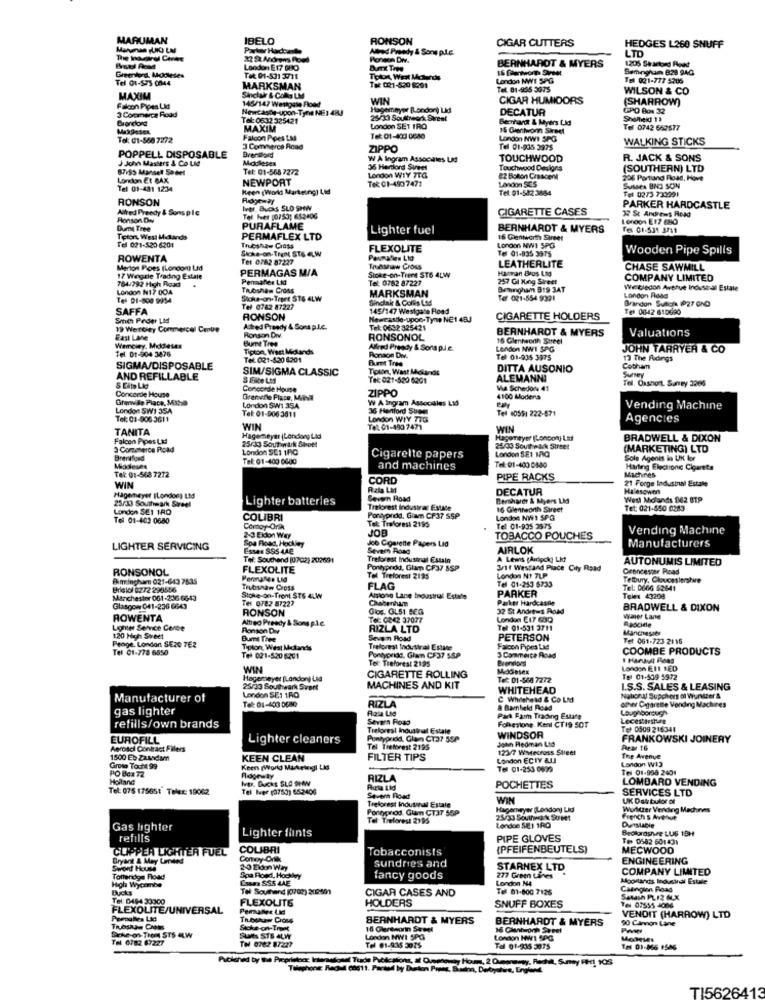
MARUMAN
IBELO
RONSON
CIGAR CUTTERS
Parker Hadoat
Alred Prendy & Sons p.i.e.
HEDGES L260 SNUFF
LTD
The Wound Caree
Ponson Drv.
BERNHARDT & MYERS
Greenford, Modeses
London E 17 GHO
Bemogham B28 94G
Tel 01-573 0044
TOR: 01-531 3711
Toton Wert Mounds
Tot: 021-520 8201
London NWT SPG
Tel 021-777 5306
MARKSMAN
Tel. 01-955 3075
WILSON & CO
MAXIM
Sinclair & CoAs LM
145/147 Westgate Food
WIN
CIGAR HUMIDORS
(SHARROW)
Falcon Pipes Lid
3 Commerce Road
Newtaste-upon-Tyne NE : 48.
Hagemeyer B.ondor) Lid
DECATUR
GPD Box 32
Bronclord
Tel: 0632 325421
25/3 Southwork Sireal
Bernhardt & Myers Lid
Snelheid 19
Makdiesen
MAXIM
London SET TRO
15 Giantwon Street
Tel 0742 669577
Tel: 01-568 7272
Falcon Ppes Las
Tel: 01-403 0680
London NWI SPG
WALKING STICKS
3 Commerce Road
Brentford
ZIPPO
Tel 01-935 3975
POPPELL DISPOSABLE
J John Masters & Co Lid
Modleses
W A Ingram Associles LI
TOUCHWOOD
R. JACK & SONS
67195 Manset Sedel
Tel: 01-568 7272
35 Herlord Svees
Touchwood Designs
(SOUTHERN) LTD
London Et BAX
NEWPORT
London WTY TTG
Tek: 01-490 7471
London SES
22 Bolton Crescen
206 Portand Road, Hove
Tel 01-481 12:34
Keen (World Marteung) Lid
Tet: 01-542 3654
Tel 0273 733991
Sussex BIJ SON
RONSON
Ridgeway
Aired Prreedy & Sons plc
Iver. BUCKS SLO SHW
CIGARETTE CASES
PARKER HARDCASTLE
32 St Andrews Road
Ronson Dw
Tel her [0/53: 652406
London E17 EBO
Gum Tree
PURAFLAME
Lighter fuel
BERNHARDT & MYERS
Tel 01-531 3711
Telon, West Midlands
PERMAFLEX LTD
16 Wentworth Street
Tel 021-520-6201
Trubshaw Cross
Stoke-on- Trent STS ELW
FLEXOLITE
London NWI SPG
Tel 01-835 3975
Wooden Pipe Spills
ROWENTA
Tel 0782 87227
Pasmalien Lid
LEATHERLITE
Menton Poes (London) Lad
PERMAGAS M/A
Stoke-on-Trent ST6 4LW
Indsaw Cross
Harman Bros Lig
CHASE SAWMILL
784/792 High Road
17 Wegzie Trading Estale
Permaflex LM
Tel: 0782 87227
257 Gl Ning Street
COMPANY LIMITED
London N17 004
Trubshaw Cross
MARKSMAN
Birmingham 319 3AT
We bledon Avenue Industrial Estate
Tel 01-500 9954
Stoke-on-Trent ST6 4LW
Sinclair & Colis Led
Tof 021-554 9391
Brandon Sunich 1027 OND
London Road
SAFFA
Tel 0762 87227
145/147 Westgate Hoad
Tel 0842 610690
Smith Peder Lid
RONSON
Newcastle-upon-Tyne NE1 4BJ
CIGARETTE HOLDERS
19 Wertey Conmercol Cenue
Alled Prendy & Sons p.L.C.
Tel: 0632 325421
BERNHARDT & MYERS
Valuations
East LMe
Ronson Drv.
BUme Tre
RONSONOL
16 Glentworth Street
Wemciey, Middlesex
Tipton, West Midlands
Alfred Pready & Sons p.i.e.
London NWI SPG
JOHN TARRYER & CO
Tel 01-904 3476
Tet. 021-520 6201
Ronaon Drv.
Furet Tres
Tel: 01-935 3975
13 The Ridings
SIGMA/DISPOSABLE
SIM/SIGMA CLASSIC
Tolon, Wast Mokare
DITTA AUSONIO
Cobham
Survey
AND REFILLABLE
S Este Les
Tek 021-520 6201
ALEMANNI
Tel. Oashort. Sarney 3266
S Cito Lid
Concorde House
ZIPPO
Va Schedon: 41
Grenville Place, Mitsa
Concorde House
Grenvile Place, Mina
W A Ingram Associates Lid
4100 Modens
London SW1 35A
Tel: 01-906 3011
London SW1 354
36 Henford Sheet
Tel 00591 222-671
Vending Machine
Tel: 03-906 3611
London WIY 776
Agencies
TANITA
WIN
Tot: 01-493 7471
WIN
Falcon Pipes La
Hagemmeyitr (London) Ltd
25/33 Soutwirk Sheet
Hagomeyer (London) Las
BRADWELL & DIXON
3 Commerce Road
London SE: 100
London SE1 1/Q
25/03 Southwick Street
(MARKETING) LTD
Brentford
Tel: 01-400 0600
Cigarette papers
Sole Agents in UK lor
Middlesex
Tel: 01-568 7272
and machines
Tel:01-400 080
Harling Electronic Cigarete
Machines
WIN
CORD
PIPE RACKS
21 Forge Industrial Estate
Rata Lid
DECATUR
Halesowen
Hagerneyer (London) Ltd
25/33 Southwark Streel
Lighter batteries
Severn Road
Bernhardr & Myers LMd
West Midlands 842 BTP
London SEI 18O
Treforest Industrar Estale
16 Glennworth Street
Tet: 021-550 0283
Tel 01-403 0680
COLIBRI
Pontypndd, Giam CF37 SSP
Tel: Traforest 2195
London NWI SPG
Comoy Orik
Tel 01-935 3575
Vending Machine
2-3 Eidon Way
Spa Road, Hockley
Joo Cigarette Papers Lid
TOBACCO POUCHES
Manufacturers
LIGHTER SERVICING
Esses SSS 4AE
Severn Road
AIRLOK
Tof: Souchend (0702) 202691
Treforest Indusinal Estin
A Lens (Airlock] Lid
AUTONUMIS LIMITED
RONSONOL
FLEXOLITE
Pontprod, Glam CF37 SSP
Brit Westand Place City Road
Grancesper Road
Bhimingham 021-643 7835
Permanes Lid
Tel Treforest 2195
London N1 7LP
Tel 01-253 6733
Tetbury, Gloucestershire
Bristol 0272 298556
Trubsnaw Cross
FLAG
PARKER
Tel: 0666 62641
Manchester 061-236 6643
Stoke-on-Trent STS 4LW
Tel 0782 87227
Alsone Lanse Industrial Estate
Caabertam
Parker Hardcastle
Telex 43208
Glasgow 041-236 6643
RONSON
Gios. GLS1 BEG
32 St Andrews Road
BRADWELL & DIXON
ROWENTA
Alfred Presdy & Sons pic.
Tel: 0242 37077
London E17 630
waer Lane
Asocide
Lighter Service Corte
Ronson Div
RIZLA LTD
Tel 01-531 3711
Manchester
120 High Street
Bumt Tree
Seven Road
PETERSON
Tet 061-723 2116
Penge, London SE20 7E2
Tel 01-778 6550
Tipton, West Midlands
Treforest Indutiral Estate
Pontypride, Glam CF37 SSP
Falcon Pipes Lad
COOMBE PRODUCTS
Tel 021-520 6201
Tel: Treforest 2195
3 Commerce Road
Brenviors
1 Harault Bons
WIN
Madesex
London EIt LED
Hogemeyer (London) Lid
CIGARETTE ROLLING
Tet: 01-568 7272
Te: 01-109 5972
25/33 Southwark Svart
MACHINES AND KIT
WHITEHEAD
I.S.S. SALES & LEASING
Manufacturer of
London SE1 160
RIZLA
C Whilehead & Co Lid
opher Cigarette Vending Machres
National Supphors of Wurstter &
gas lighter
Rala Lig
a Barbeki Road
Loughborough
Severn Road
Folkestone. Kenl CT 19 50T
Park Farm Trading Estate
Lecestinshure
refills/own brands
Treforest Industral Estale
Tel 0509 216341
EUROFILL
Lighter cleaners
Pontypridd, Glan C137 55P
WINDSOR
John Hedman Lid
FRANKOWSKI JOINERY
Aerosol Contract Fillers
Tel Treforest 2195
123/7 Warecross Steel
Pear 16
1500 Eb Zasadun
KEEN CLEAN
FILTER TIPS
London ECTY ALI
The Avenue
Landon W13
Groso Tocht 99
PO Box 72
Keens (World Makeingi Lid
Tel 01-253 0639
Tel 01-998 2401
Holland
Ivtr. Ducks SLO SHW
Ridge ty
RIZLA
LOMBARD VENDING
Tel: 075 175651 Telex: 19062
Tel Ier (0763) 65:2406
Auta Lid
POCHETTES
SERVICES LTD
Severn Pload
Treforest Indusinall Estale
WIN
UK Dat bulor of
Porgonod. Glam CT37 55P
Hagemeyer (London Lid
Wurlitzer Vending Machines
Tel Treforest 2195
25/33 Southdik Somet
French s Avehut
Gas lighter
Lighter flints
London SE1 1RD
Beckorasive LUS 19H
Dunstabie
refills
PIPE GLOVES
Tes 0582 601431
CLIPPER LIGHTER FUEL
COLIBRI
Tobacconists
(PFEIFENBEUTELS)
MECWOOD
Bryant & May Unded
Comey-Orlik
sundries and
ENGINEERING
Sword House
2-0 ENbon Way
STARNEX LTD
COMPANY LIMITED
High Wycombe
Totteridge Fload
Spa Roed, Hockley
Essen SSS LAE
fancy goods
277 Green Lines
London N4
Moostands Industrdi Estale
Tel Southend (700) 202801
CIGAR CASES AND
Tel 01-800 7126
Caangun Road
Tel: 0494 33300
FLEXOLITE
HOLDERS
SNUFF BOXES
Sanash PLI2 MLX
FLEXOLITE/UNIVERSAL
Perunes Li
Pomalies Lid
BERNHARDT & MYERS
BERNHARDT & MYERS
90 Canon Lane
VENDIT (HARROW) LTD
Sche-on- Trent STS 4LW
Stoke-on-Trent
18 Glereworin Sureel
16 Clantonh Seeel
TH 6782 67227
Suits STS ALW
London NWI SPG
Tel 01-916 5075
London HW1 5PC
Tel 01-315 3075
TH1 01-866 9586
Telephone: Rachet cogtt. Parted by burton Poems
TI56264